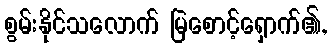
စွမ်းနိုင်သလောက် မြဲစောင့်ရှောက်၏,